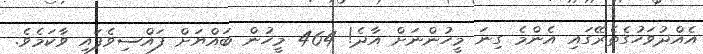
އެއްދުވަހުގެތެރޭގައި އެންމެ ގިނަ މީހުންނަށް އާދެ! 464 މީހުން ބައްޔަށް ފައްސިވެފައި ވާކަމެވެ.